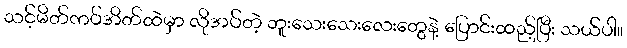
သင့်မိတ်ကပ်အိတ်ထဲမှာ လိုအပ်တဲ့ ဘူးသေးသေးလေးတွေနဲ့ ပြောင်းထည့်ပြီး သယ်ပါ။